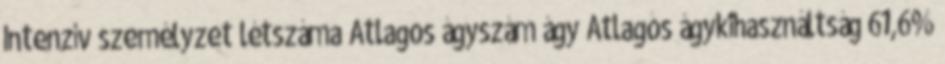
Intenzív személyzet létszáma Átlagos ágyszám ágy Átlagos ágykihasználtság 61,6%